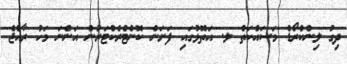
ދިގު ލިންކްރޯޑް މަސައްކަތް ލ. އަތޮޅުގައި ފަށަން ކޮންޓްރެކްޓަރުން އަންނަ މަހު ރާއްޖެ